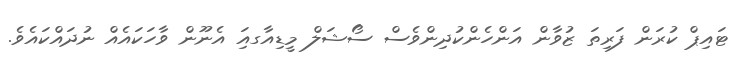
ޓައިޕް ކުރަން ފަރިތަ ޒުވާން އަންހެންކުދިންވެސް ސޯޝަލް މީޑިއާގއަި އެނޫން ވާހަކައެއް ނުދައްކައެވެ.